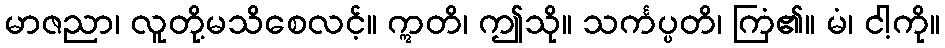
မာဇညာ၊ လူတို့မသိစေလင့်။ ဣတိ၊ ဤသို။ သင်္ကပ္ပတိ၊ ကြံ၏။ မံ၊ ငါ့ကို။